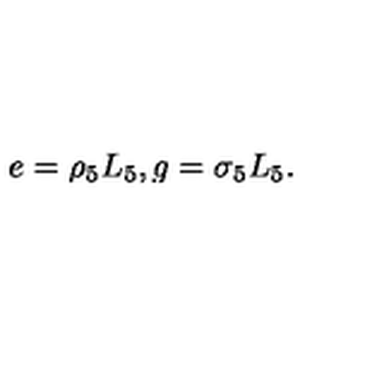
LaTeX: e = \rho _ { 5 } L _ { 5 } , g = \sigma _ { 5 } L _ { 5 } .